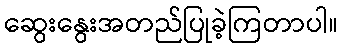
ဆွေးနွေးအတည်ပြုခဲ့ကြတာပါ။